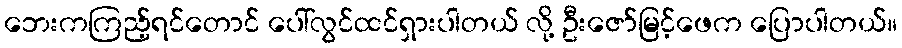
ဘေးကကြည့်ရင်တောင် ပေါ်လွင်ထင်ရှားပါတယ် လို့ ဦးဇော်မြင့်ဖေက ပြောပါတယ်။